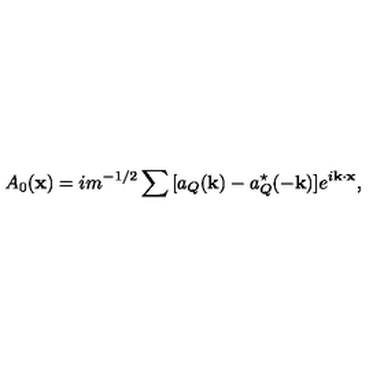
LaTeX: A _ { 0 } ( { \bf x } ) = i m ^ { - 1 / 2 } \sum { } [ a _ { Q } ( { \bf k } ) - a _ { Q } ^ { \star } ( - { \bf k } ) ] e ^ { i { \bf k \cdot x } } ,